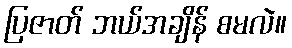
ပြဇာတ် ဘယ်အချိန် စမလဲ။